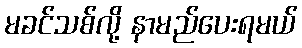
မခင်သစ်လို့ နာမည်ပေးရမယ်